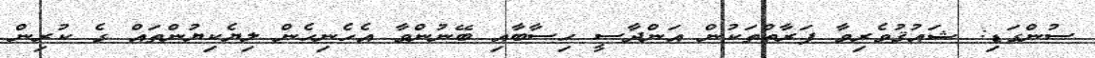
ސުންގަޑި: ޝައުޤުވެރިވާ ފަރާތްތަކުން އަންދާސީ ހިސާބާއި ބޭނުންވާ އެހެނިހެން ލިޔެކިޔުންތައް ގެ ކުރިން